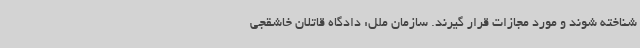
شناخته شوند و مورد مجازات قرار گیرند. سازمان ملل: دادگاه قاتلان خاشقجی